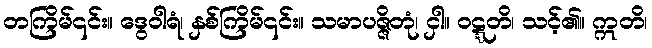
တကြိမ်၎င်း။ ဒွေဝါရံ၊ နှစ်ကြိမ်၎င်း။ သမာပဇ္ဇိတုံ၊ ငှါ။ ဝဋ္ဋတိ၊ သင့်၏။ ဣတိ၊